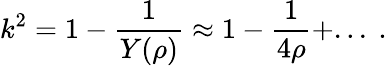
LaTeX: k^{2}=1-\frac{1}{Y(\rho)}\approx 1-\frac{1}{4\rho}+...~.